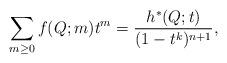
LaTeX: \begin{align*}\sum_{m \ge 0} f(Q;m) t^m = \frac{h^*(Q;t)}{(1 - t^k)^{n + 1}}, \end{align*}